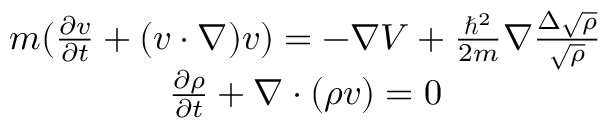
\begin{array} { c } { m ( \frac { \partial v } { \partial t } + ( v \cdot \nabla ) v ) = - \nabla V + \frac { \hbar ^ { 2 } } { 2 m } \nabla \frac { \Delta \sqrt { \rho } } { \sqrt { \rho } } } \\ { \frac { \partial \rho } { \partial t } + \nabla \cdot ( \rho v ) = 0 } \end{array}